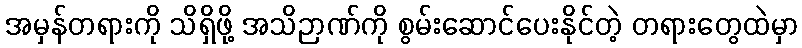
အမှန်တရားကို သိရှိဖို့ အသိဉာဏ်ကို စွမ်းဆောင်ပေးနိုင်တဲ့ တရားတွေထဲမှာ